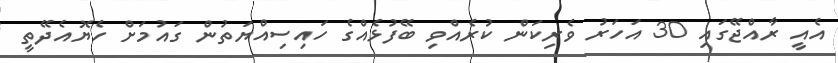
އެއީ ރާއްޖޭގައި 30 އަހަރު ވެރިކަން ކުރެއްވި ބޭފުޅެއްގެ ހައިސިއްޔަތުން ގައުމަށް ހެޔޮއެދޭތީ